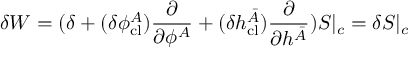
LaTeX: \delta W = ( \delta + ( \delta \phi _ { \mathrm { c l } } ^ { A } ) \frac { \partial } { \partial \phi ^ { A } } + ( \delta h _ { \mathrm { c l } } ^ { \bar { A } } ) \frac { \partial } { \partial h ^ { \bar { A } } } ) S | _ { c } = \delta S | _ { c }